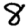
Digit: 8